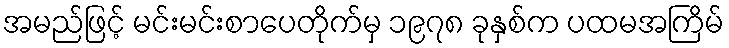
အမည်ဖြင့် မင်းမင်းစာပေတိုက်မှ ၁၉၇၈ ခုနှစ်က ပထမအကြိမ်